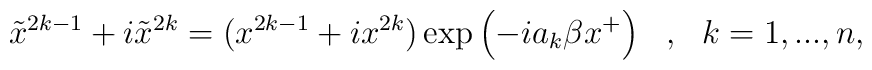
\tilde{x}^{2k-1} + i \tilde{x}^{2k}= ( x^{2k-1} + i x^{2k} ) \exp \left( - i a_k \beta x^+ \right)\ \ , \ \ k=1,...,n,